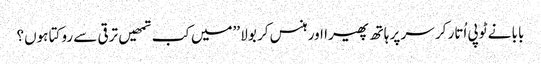
بابا نے ٹوپی اُتار کر سر پر ہاتھ پھیرا اور ہنس کر بولا ’’میں کب تمھیں ترقی سے روکتا ہوں؟